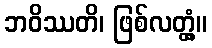
ဘဝိဿတိ၊ ဖြစ်လတ္တံ့။